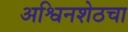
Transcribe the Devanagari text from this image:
अश्विनशेठचा